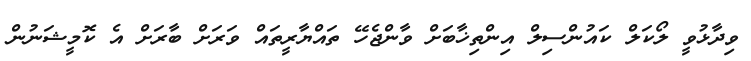
ވިދާޅުވީ ލޯކަލް ކައުންސިލް އިންތިޚާބަށް ވާންޖެހޭ ތައްޔާރީތައް ވަރަށް ބާރަށް އެ ކޮމީޝަނުން